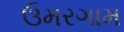
ઉમરગામ